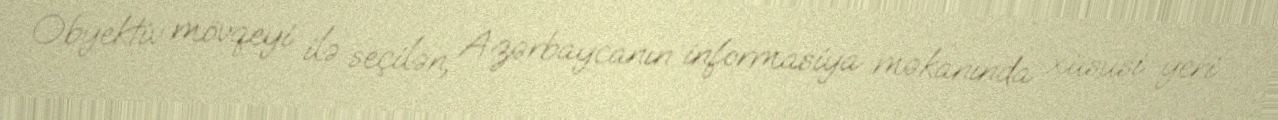
Obyektiv mövqeyi ilə seçilən, Azərbaycanın informasiya məkanında xüsusi yeri